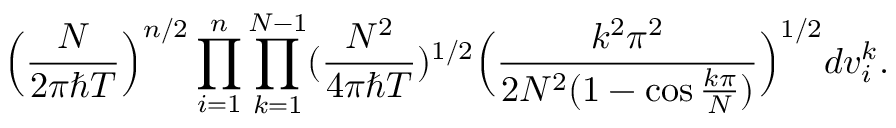
\Big ( \frac { N } { 2 \pi \hbar T } \Big ) ^ { n / 2 } \prod _ { i = 1 } ^ { n } \prod _ { k = 1 } ^ { N - 1 } ( \frac { N ^ { 2 } } { 4 \pi \hbar T } ) ^ { 1 / 2 } \Big ( \frac { k ^ { 2 } \pi ^ { 2 } } { 2 N ^ { 2 } ( 1 - \cos \frac { k \pi } { N } ) } \Big ) ^ { 1 / 2 } d v _ { i } ^ { k } .